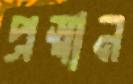
প্রস্বান